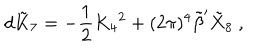
LaTeX: d \tilde { K } _ { 7 } = - { \frac { 1 } { 2 } } K _ { 4 } { } ^ { 2 } + ( 2 \pi ) ^ { 4 } { \tilde { \beta } } ^ { \prime } { \tilde { X } } _ { 8 } \ ,